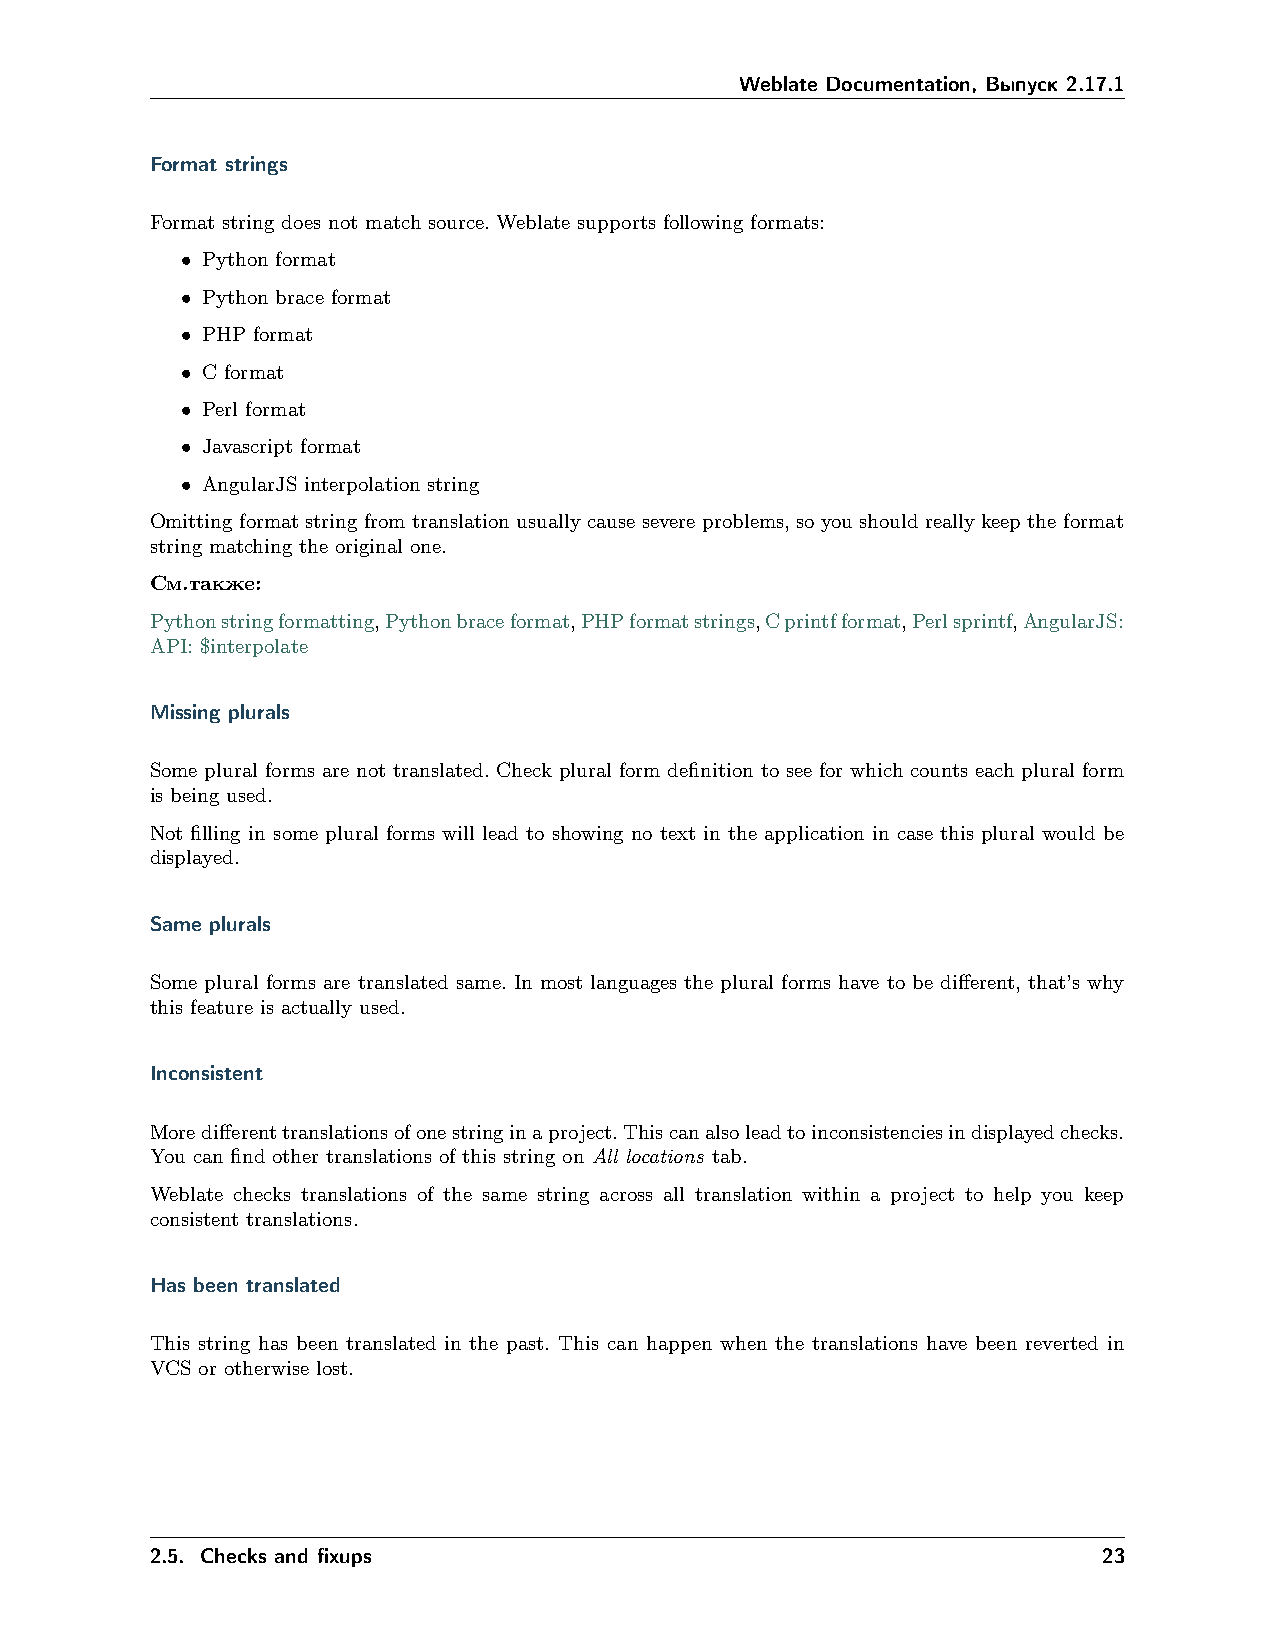
Weblate Documentation, Выпуск 2.17.1
 Format strings
 Format string does not match source. Weblate supports following formats:
 • Python format
 • Python brace format
 • PHP format
 • C format
 • Perl format
 • Javascript format
 • AngularJS interpolation string
 Omitting format string from translation usually cause severe problems, so you should really keep the format
 string matching the original one.
 См.также:
 Pythonstringformatting,Pythonbraceformat,PHPformatstrings,Cprintfformat,Perlsprintf,AngularJS:
 API: $interpolate
 Missing plurals
 Some plural forms are not translated. Check plural form definition to see for which counts each plural form
 is being used.
 Not filling in some plural forms will lead to showing no text in the application in case this plural would be
 displayed.
 Same plurals
 Some plural forms are translated same. In most languages the plural forms have to be different, that’s why
 this feature is actually used.
 Inconsistent
 Moredifferenttranslationsofonestringinaproject.Thiscanalsoleadtoinconsistenciesindisplayedchecks.
 You can find other translations of this string on All locations tab.
 Weblate checks translations of the same string across all translation within a project to help you keep
 consistent translations.
 Has been translated
 This string has been translated in the past. This can happen when the translations have been reverted in
 VCS or otherwise lost.
 2.5. Checks and fixups                                         23